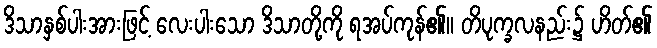
ဒိသာနှစ်ပါးအားဖြင့် လေးပါးသော ဒိသာတို့ကို ရအပ်ကုန်၏။ တိပုက္ခလနည်း၌ ဟိတ်၏